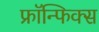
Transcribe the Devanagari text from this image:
फ्रॉन्फिक्स